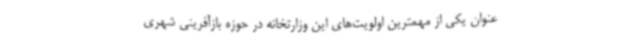
عنوان یکی از مهمترین اولویت‌های این وزارتخانه در حوزه بازآفرینی شهری